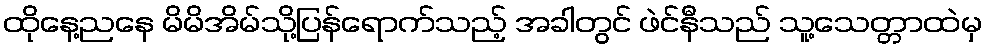
ထိုနေ့ညနေ မိမိအိမ်သို့ပြန်ရောက်သည့် အခါတွင် ဖဲင်နီသည် သူ့သေတ္တာထဲမှ